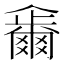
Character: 𠑂